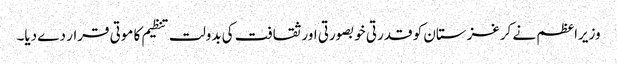
وزیراعظم نے کرغزستان کو قدرتی خوبصورتی اور ثقافت کی بدولت تنظیم کا موتی قرار دے دیا۔